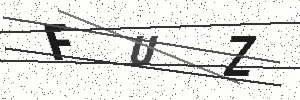
Text: FUZ